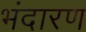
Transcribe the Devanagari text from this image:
भंदारण